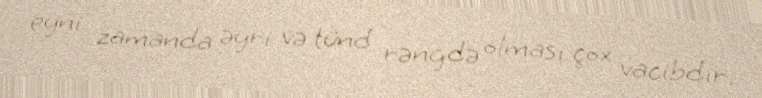
eyni zamanda əyri və tünd rəngdə olması çox vacibdir.